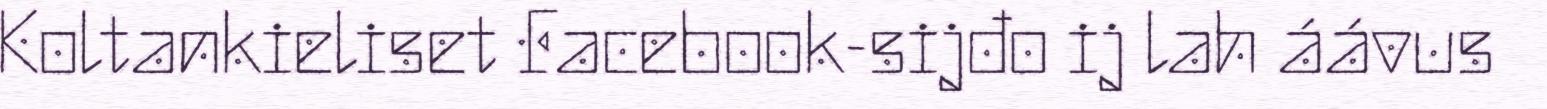
Koltankieliset Facebook-sijđo ij lah áávus